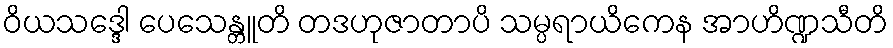
ဝိယသဒ္ဒေါ ပေသေန္တူတိ တဒဟုဇာတာပိ သမ္ပရာယိကေန အာဟိဏ္ဍသီတိ